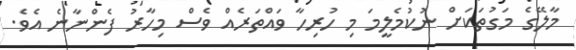
މާލޭގެ މަގުތަކަށް ނުކުމެލީމަ މި ހުރިހާ ވައްތަރެއް ވެސް މިހާރު ފެންނާނެ އެވެ.